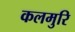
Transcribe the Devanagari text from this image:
कलमुरि